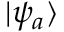
| \psi _ { a } \rangle